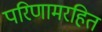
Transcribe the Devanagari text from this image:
परिणामरहित